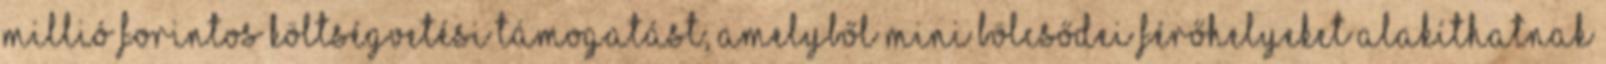
millió forintos költségvetési támogatást, amelyből mini bölcsődei férőhelyeket alakíthatnak